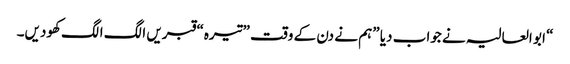
“ ابو العالیہ نے جواب دیا ”ہم نے دن کے وقت ”تیرہ“ قبریں الگ الگ کھودیں۔